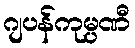
ဂျပန်ကုမ္ပဏီ